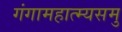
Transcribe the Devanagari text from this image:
गंगामहात्म्यसमु